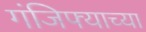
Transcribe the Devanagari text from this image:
गंजिफ्याच्या